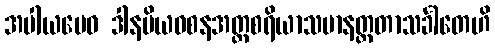
အပါယမေဝ ဒါနပိယဝစနအတ္ထစရိယာသမာနတ္တတာသင်္ခါတေဟိ